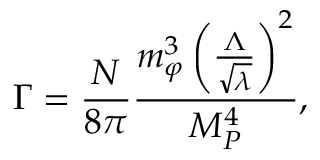
\Gamma = \frac { N } { 8 \pi } \frac { m _ { \varphi } ^ { 3 } \left( \frac { \Lambda } { \sqrt { \lambda } } \right) ^ { 2 } } { M _ { P } ^ { 4 } } ,